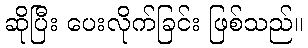
ဆိုပြီး ပေးလိုက်ခြင်း ဖြစ်သည်။